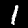
Label: 1